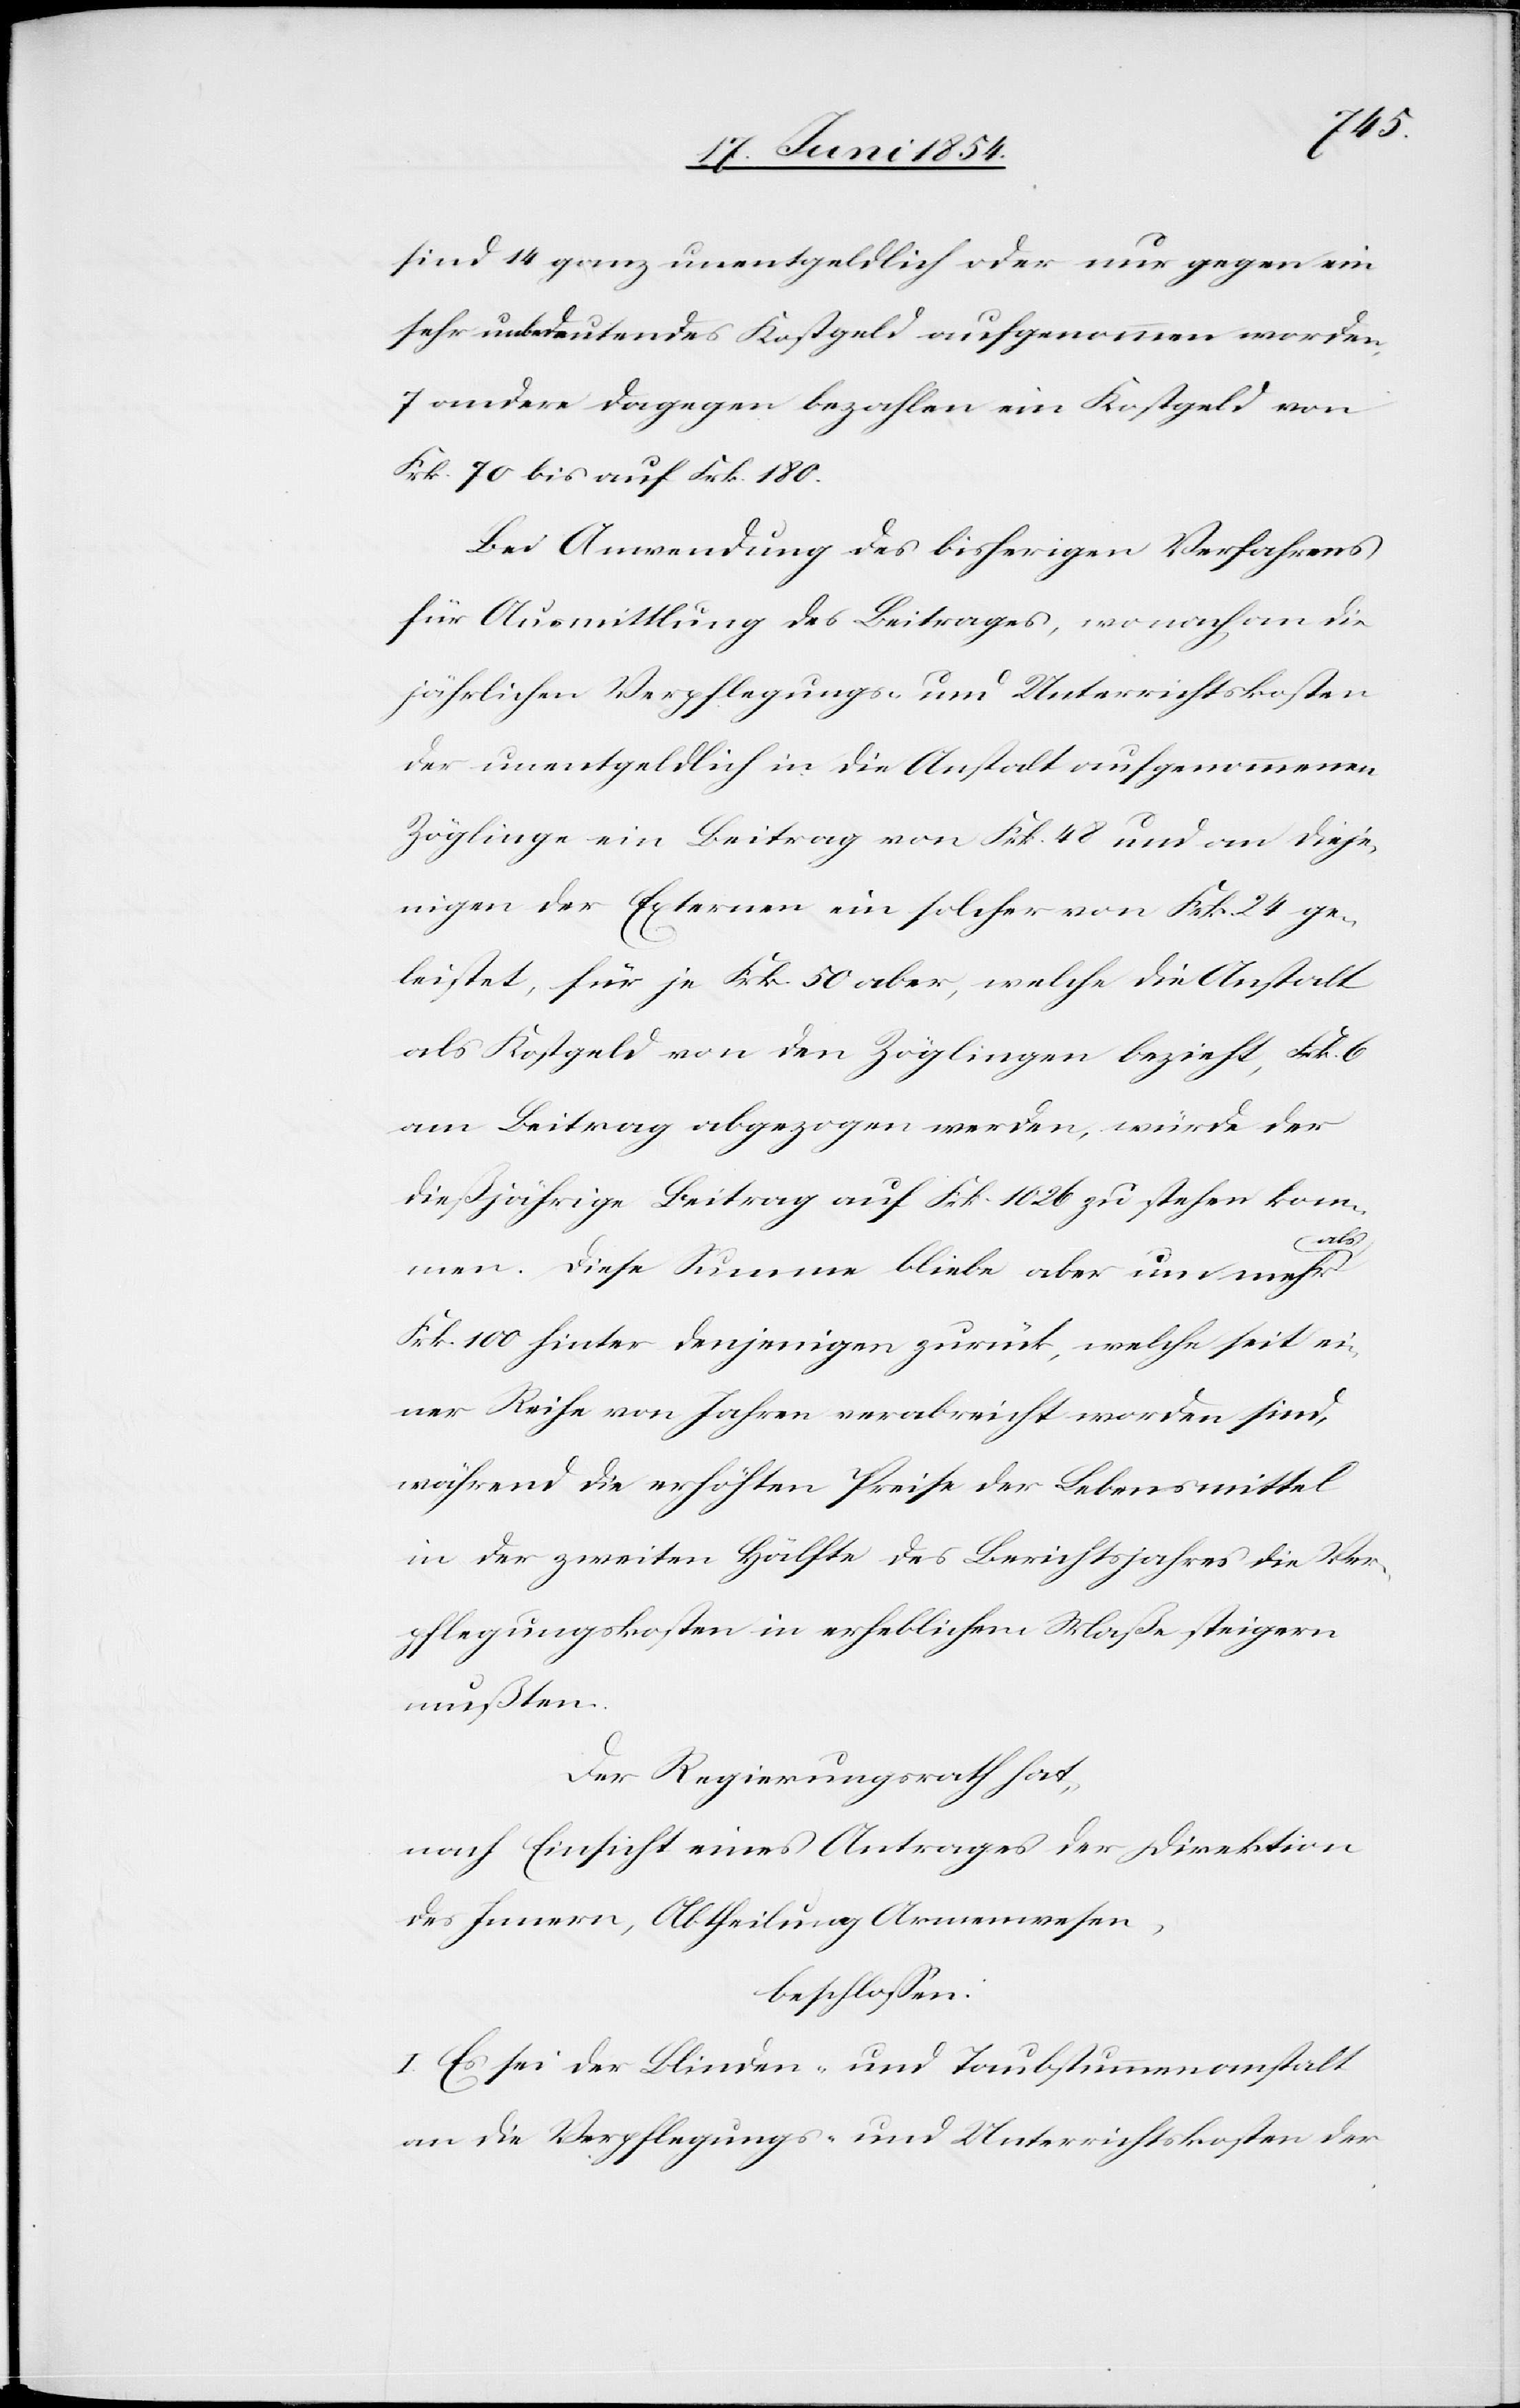
sind 14 ganz unentgeldlich oder nur gegen ein
sehr unbedeutendes Kostgeld aufgenommen worden,
7 andere dagegen bezahlen ein Kostgeld von
Frk. 70 bis auf Frk. 180.
Bei Anwendung des bisherigen Verfahrens
für Ausmittlung des Beitrages, wonach an die
jährlichen Verpflegungs- und Unterrichtskosten
der unentgeldlich in die Anstalt aufgenommenen
Zöglinge ein Beitrag von Frk. 48 und an dieje¬
nigen der Externen ein solcher von Frk. 24 ge¬
leistet, für je Frk. 50 aber, welche die Anstalt
als Kostgeld von den Zöglingen bezieht, Frk. 6
am Beitrag abgezogen werden, würde der
dießjährige Beitrag auf Frk. 1026 zu stehen kom¬
men. Diese Summe bliebe aber um mehr
Frk. 100 hinter denjenigen zurück, welche seit ei¬
ner Reihe von Jahren verabreicht worden sind,
während die erhöhten Preise der Lebensmittel
in der zweiten Hälfte des Berichtsjahres die Ver¬
pflegungskoten in erheblichem Maße steigern
mußten.
Der Regierungsrath hat,
nach Einsicht eines Antrages der Direktion
des Innern, Abtheilung Armenwesen,
beschloßen:
I. Es sei der Blinden- und Taubstummenanstalt
an die Verpflegungs- und Unterrichtskosten der